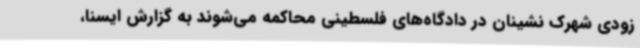
زودی شهرک نشینان در دادگاه‌های فلسطینی محاکمه می‌شوند به گزارش ایسنا،